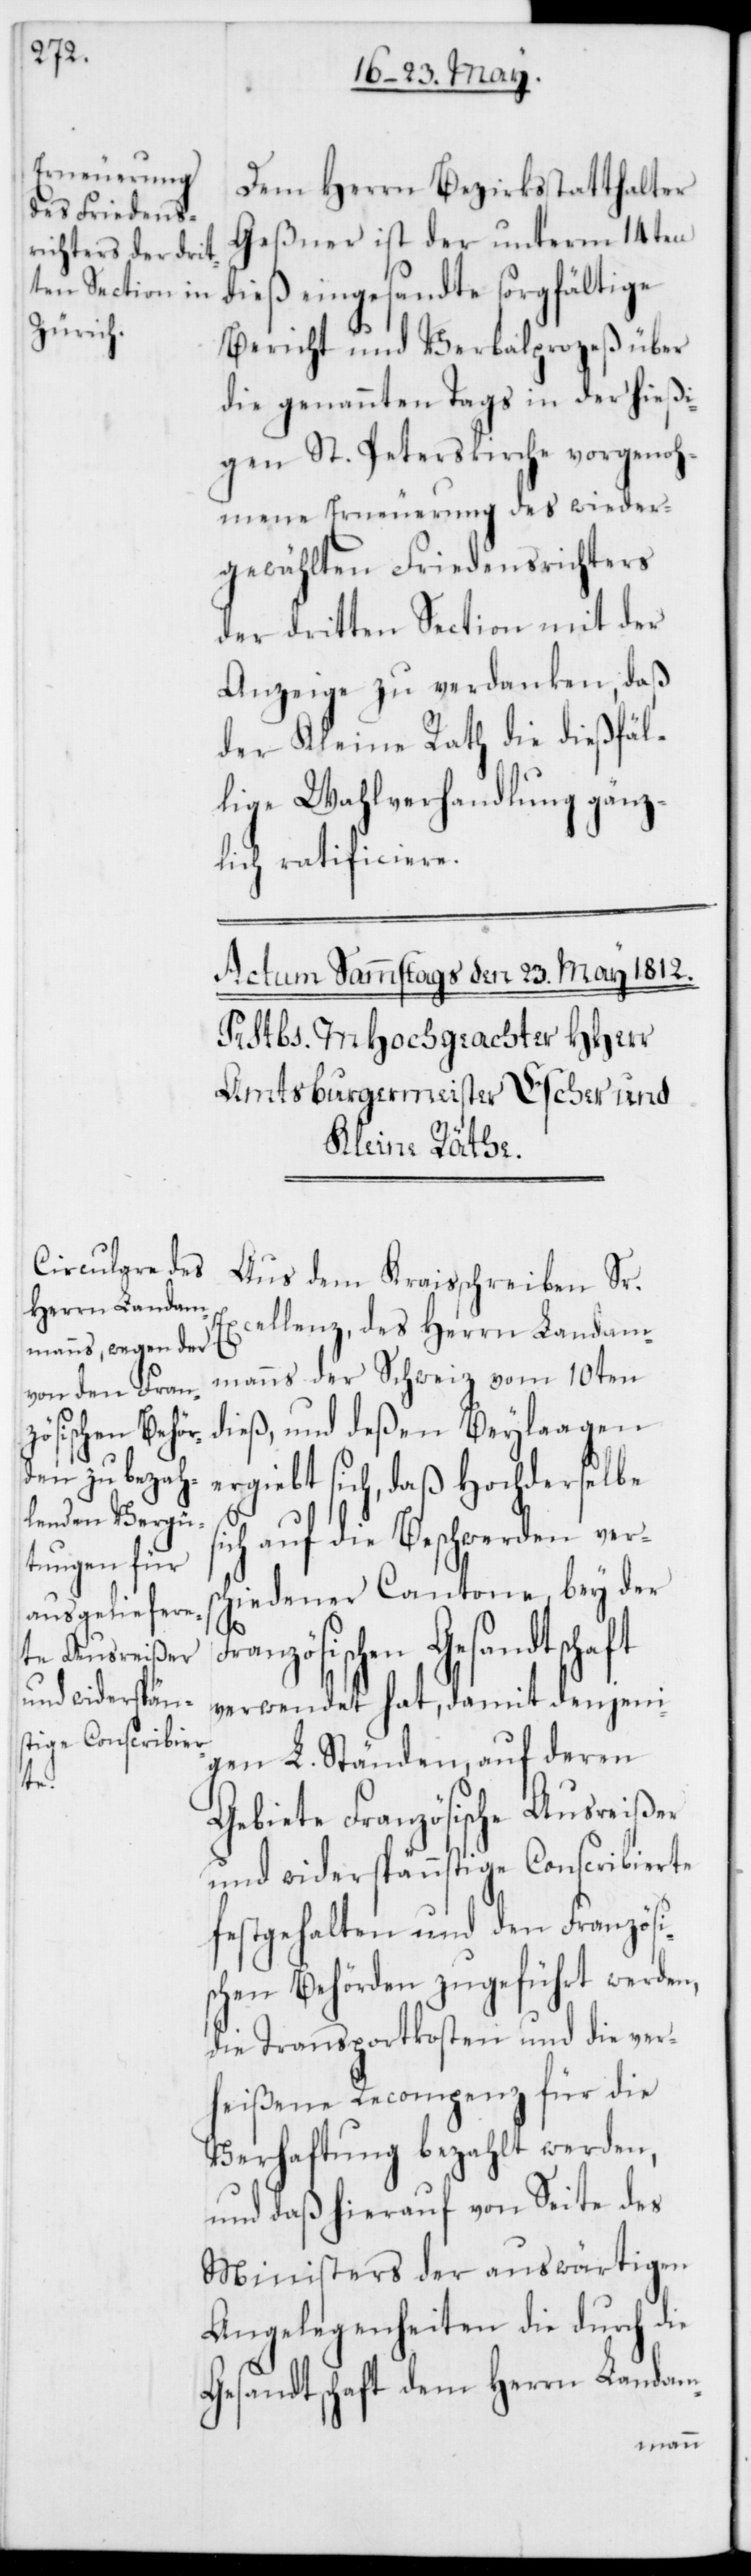
Dem Herrn Bezirksstatthalter
Geßner ist der unterm 14ten
dieß eingesandte sorgfältige
Bericht und Verbalprozeß über
die genannten Tags in der hießi¬
gen St. Peterskirche vorgenoh¬
mene Erneuerung des wieder
gewählten Friedensrichters
der dritten Section mit der
Anzeige zu verdanken, daß
der Kleine Rath die dießfäl¬
lige Wahlverhandlung gänz¬
lich ratificiere.
Aus dem Kreisschreiben Sr.
Excellenz des Herrn Landam¬
manns der Schweiz vom 10ten
dieß, und deßen Beylaagen
ergibt sich, daß Hochderselbe
sich auf die Beschwerden versc¬
hiedener Cantone bey der
Französischen Gesandtschaft
verwendet hat, damit denjeni¬
gen L. Ständen, auf deren
Gebiete Französische Ausreißer
und widerspännstige Conscribierte
festgehalten und den Französi¬
schen Behörden zugeführt werden,
die Transportkosten und die ver¬
heißene Recompenz für die
Verhaftung bezahlt werden,
und daß hierauf von Seite des
Ministers der auswärtigen
Angelegenheiten die durch die
Gesandtschaft dem Herrn Landam-